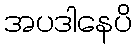
အပဒါနေပိ